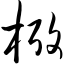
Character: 栲